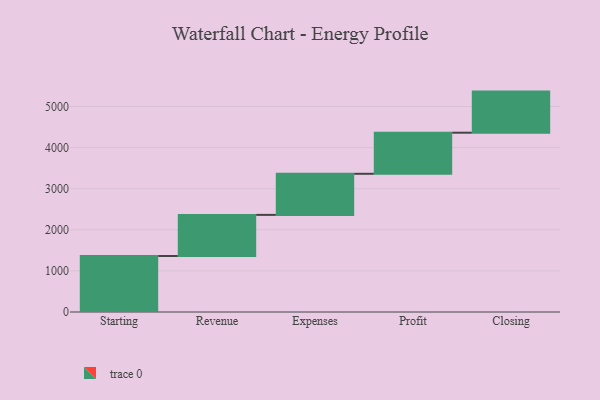
{"axis": {"x": "Step", "y": "Value"}, "legend": [""], "data": [{"x": "Starting", "y": 1363.0, "type": ""}, {"x": "Revenue", "y": 1000, "type": ""}, {"x": "Expenses", "y": 1000, "type": ""}, {"x": "Profit", "y": 1000, "type": ""}, {"x": "Closing", "y": 1000, "type": ""}]}